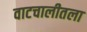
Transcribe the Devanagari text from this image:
वाटचालीतला